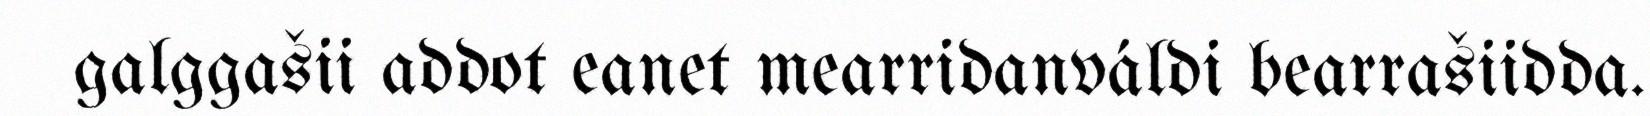
galggašii addot eanet mearridanváldi bearrašiidda.